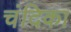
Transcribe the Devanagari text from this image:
चंदिका